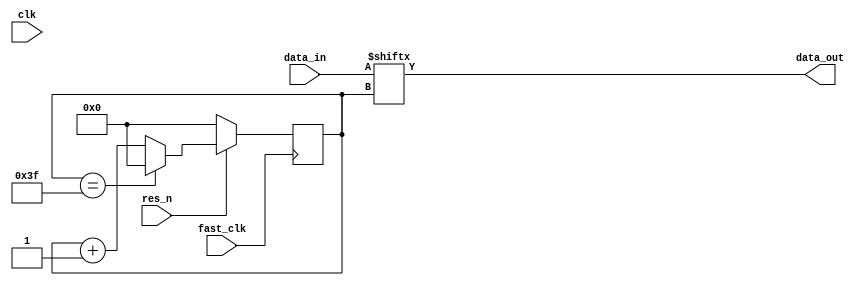
module serializer #(
	parameter DWIDTH=64
)
(
	input wire clk,
	input wire fast_clk,
	input wire res_n,
	input wire [DWIDTH-1:0] data_in,
	output wire data_out
);

reg [7:0] curr_bit = 'h0;

always @ (posedge fast_clk)
begin
	if(!res_n) begin
		curr_bit <= 0;
	end else begin
		if(curr_bit == DWIDTH-1)
			curr_bit <= 0;
		else
			curr_bit <= curr_bit + 1;
	end
end

assign data_out = data_in[curr_bit];

endmodule